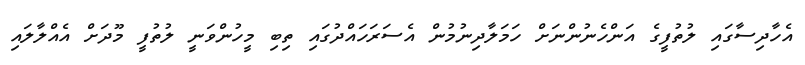
އެހާދިސާގައި ލުތުފީގެ އަންހެނުންނަށް ހަމަލާދިނުމުން އެސަރަހައްދުގައި ތިބި މީހުންވަނީ ލުތުފީ މޫދަށް އެއްލާލައި